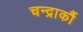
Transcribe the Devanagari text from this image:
चन्द्रार्कौ